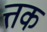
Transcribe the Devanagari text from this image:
त्तक